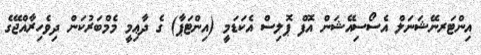
އިންޓަރނޭޝަނަލް އެސޯސިއޭޝަން އޮފް ޕޮލިސް އެކަޑަމީ (އިންޓަޕާ) ގެ ދާޢިމީ މެމްބަރުކަން ދިވެހިރާއްޖޭގެ